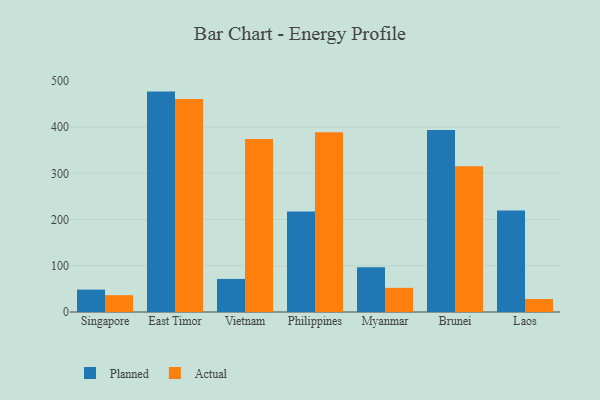
{"axis": {"x": "Country", "y": "Net Income (USD K)"}, "legend": ["Actual", "Planned"], "data": [{"x": "Singapore", "y": 48.4, "type": "Planned"}, {"x": "Singapore", "y": 36.4, "type": "Actual"}, {"x": "East Timor", "y": 476.7, "type": "Planned"}, {"x": "East Timor", "y": 460.9, "type": "Actual"}, {"x": "Vietnam", "y": 71.5, "type": "Planned"}, {"x": "Vietnam", "y": 374.0, "type": "Actual"}, {"x": "Philippines", "y": 217.3, "type": "Planned"}, {"x": "Philippines", "y": 389.0, "type": "Actual"}, {"x": "Myanmar", "y": 96.8, "type": "Planned"}, {"x": "Myanmar", "y": 52.2, "type": "Actual"}, {"x": "Brunei", "y": 393.4, "type": "Planned"}, {"x": "Brunei", "y": 315.3, "type": "Actual"}, {"x": "Laos", "y": 219.8, "type": "Planned"}, {"x": "Laos", "y": 28.1, "type": "Actual"}]}